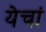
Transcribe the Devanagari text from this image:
येचां